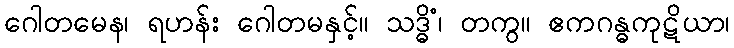
ဂေါတမေန၊ ရဟန်း ဂေါတမနှင့်။ သဒ္ဓိံ၊ တကွ။ ဧကဂန္ဓကုဋိယာ၊